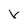
Character: v